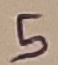
Text: 5